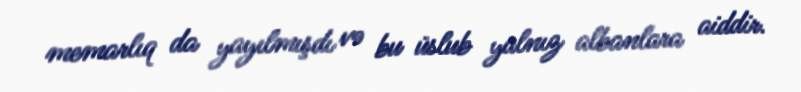
memarlıq da yayılmışdı və bu üslub yalnız albanlara aiddir.